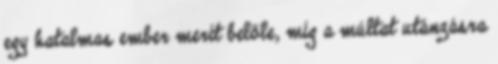
egy hatalmas ember merít belőle, míg a múltat utánzásra